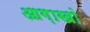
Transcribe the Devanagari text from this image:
आग़ाखां